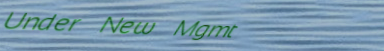
Under New Mgmt